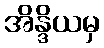
အိန္ဒိယမှ